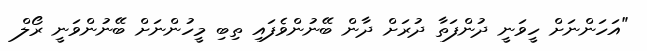
"އަހަންނަށް ހީވަނީ ދުންފަތާ ދުރަށް ދާން ބޭނުންވެފައި ތިބި މީހުންނަށް ބޭނުންވަނީ ރޯލް